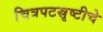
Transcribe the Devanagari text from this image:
चित्रपटस्रृष्टीचे